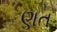
ણત